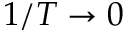
1 / T \to 0